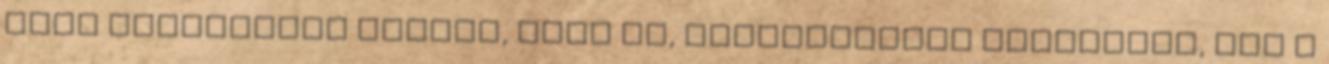
hogy takarásban legyen, mire én, Jószerencsét munkatárs, mik a